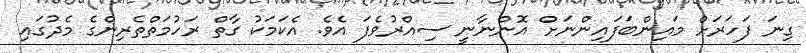
ގިނަ ފަހަރަށް މައިންބަފައިންނަށް އޮންނާނީ ސިއްރުވެފަ އެވެ. އެކަމަކު ގާތް ރަހުމަތްތެރިންގެ މެދުގައި